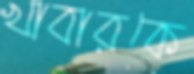
খাবারকে